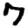
Digit: 7